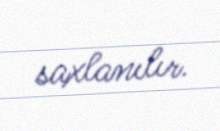
saxlanılır.